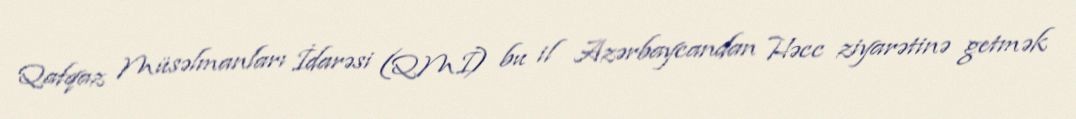
Qafqaz Müsəlmanları İdarəsi (QMİ) bu il Azərbaycandan Həcc ziyarətinə getmək